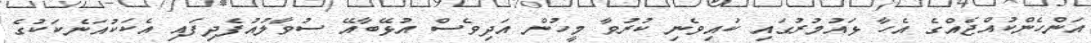
އަންހެންކުއްޖެއްގެ އެހާ ޅައުމުރުގައި ކައިވެނި ކުރުވާ މީހުން އަދިވެސް އުޅޭބާއޭ ސުވާލުއުފެދިފައި އެކަކުއަނެކަކުގެ